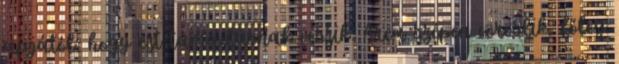
apjától, hogy ezt támadásnak veszik. Arca szépen vöröslik, főleg